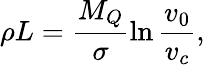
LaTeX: \rho L=\frac{M_{Q}}{\sigma}\ln{\frac{v_{0}}{v_{c}}},